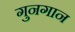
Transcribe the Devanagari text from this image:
गुनगान